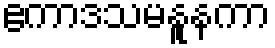
ဧကာဒသမနူနကာ